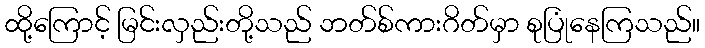
ထို့ကြောင့် မြင်းလှည်းတို့သည် ဘတ်စ်ကားဂိတ်မှာ စုပြုံနေကြသည်။